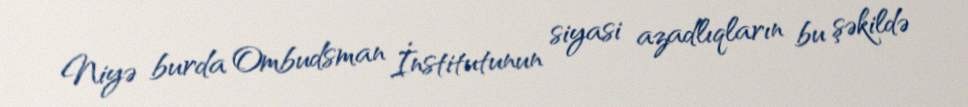
Niyə burda Ombudsman İnstitutunun siyasi azadlıqların bu şəkildə